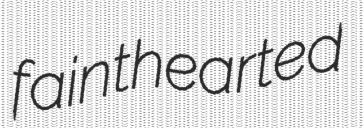
fainthearted